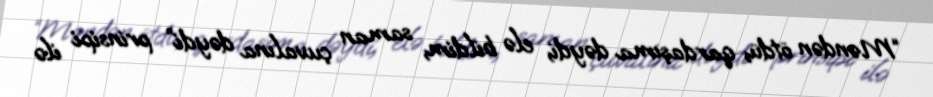
“Məndən ötdü, qardaşıma dəydi, elə bildim, saman çuvalına dəydi” prinsipi ilə